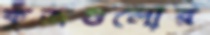
কুঁজগুলোর